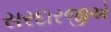
સરદારજીએ